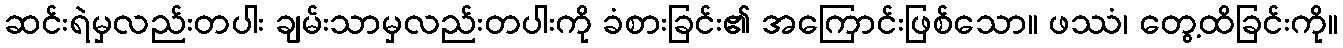
ဆင်းရဲမှလည်းတပါး ချမ်းသာမှလည်းတပါးကို ခံစားခြင်း၏ အကြောင်းဖြစ်သော။ ဖဿံ၊ တွေ့ထိခြင်းကို။